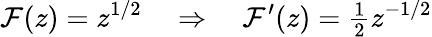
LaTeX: \mathcal{F}(z)=z^{1/2}\quad\Rightarrow\quad\mathcal{F}^{\prime}(z)={\textstyle{\frac{{1}}{{2}}}}z^{-1/2}